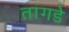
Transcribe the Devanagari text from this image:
तांगडे